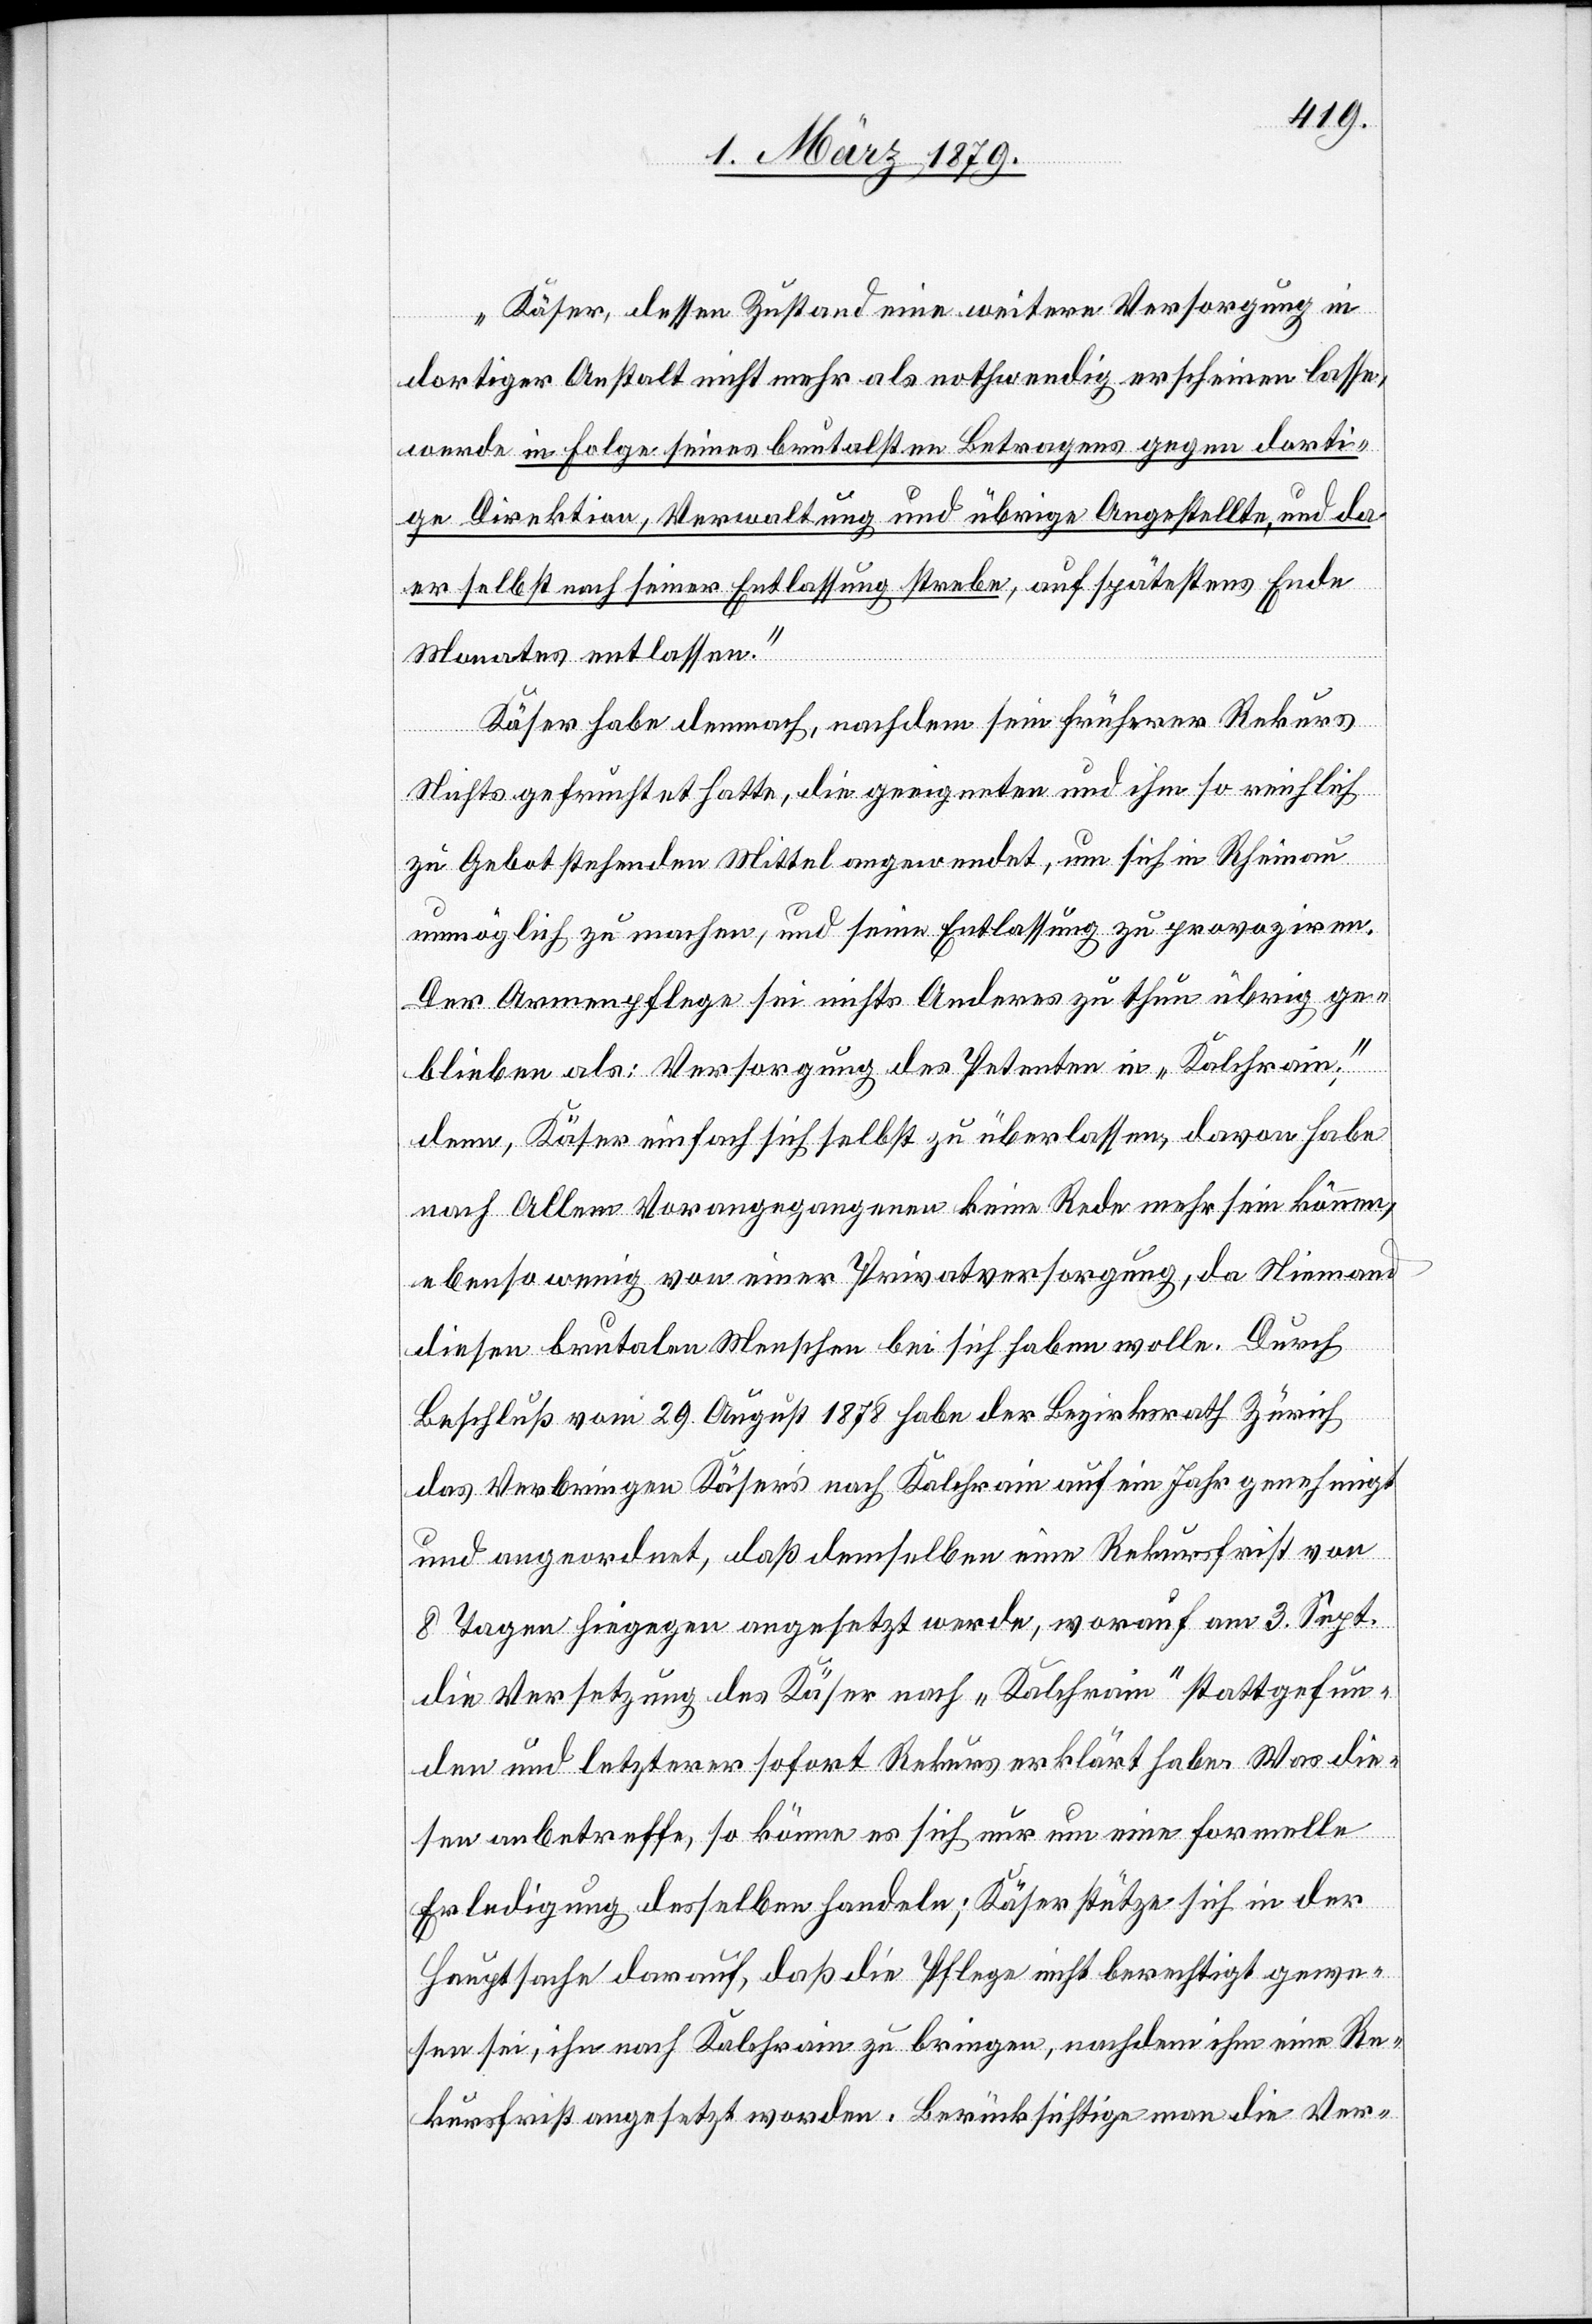
„Käser, dessen Zustand eine weitere Versorgung in
dortiger Anstalt nicht mehr als nothwendig erscheinen lasse,
werde in Folge seines brutalsten Betragens gegen dorti¬
ge Direktion, Verwaltung und übrige Angestellte, und da
er selbst nach seiner Entlassung strebe, auf spätestens Ende
Monates entlassen.“
Käser habe demnach, nachdem sein früherer Rekurs
Nichts gefruchtet hatte, die geeigneten und ihm so reichlich
zu Gebot stehenden Mittel angewendet, um sich in Rheinau
unmöglich zu machen, und seine Entlassung zu provoziren.
Der Armenpflege sei nichts Anderes zu thun übrig ge¬
blieben als: Versorgung des Petenten in „Kalchrain“;
denn, Käser einfach sich selbst zu überlassen, davon habe
nach Allem Vorangegangenen keine Rede mehr sein können,
ebenso wenig von einer Privatversorgung, da Niemand
diesen brutalen Menschen bei sich haben wolle. Durch
Beschluß vom 29. August 1878 habe der Bezirksrath Zürich
das Verbringen Käser’s nach Kalchrain auf ein Jahr genehmigt
und angeordnet, daß demselben eine Rekursfrist von
8 Tagen hiegegen angesetzt werde, worauf am 3. Sept.
die Versetzung des Käser nach „Kalchrain“ stattgefun¬
den und letzterer sofort Rekurs erklärt habe. Was die¬
sen anbetreffe, so könne es sich nur um eine formelle
Erledigung desselben handeln; Käser stütze sich in der
Hauptsache darauf, daß die Pflege nicht berechtigt gewe¬
sen sei, ihn nach Kalchrain zu bringen, nachdem ihm eine Re¬
kursfrist angesetzt worden. Berücksichtige man die Ver-